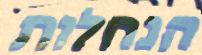
הנחלות